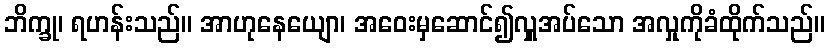
ဘိက္ခု၊ ရဟန်းသည်။ အာဟုနေယျော၊ အဝေးမှဆောင်၍လှူအပ်သော အလှုကိုခံထိုက်သည်။